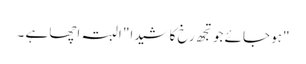
"ہو جائے جو تجھ رخ کا شیدا" البتہ اچھا ہے ۔